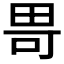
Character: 𪽍